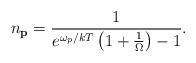
\begin{align*}n_{\bf p} = {1 \over e^{\omega_p /kT}\left( 1 + {1 \over \Omega} \right) - 1}.\end{align*}